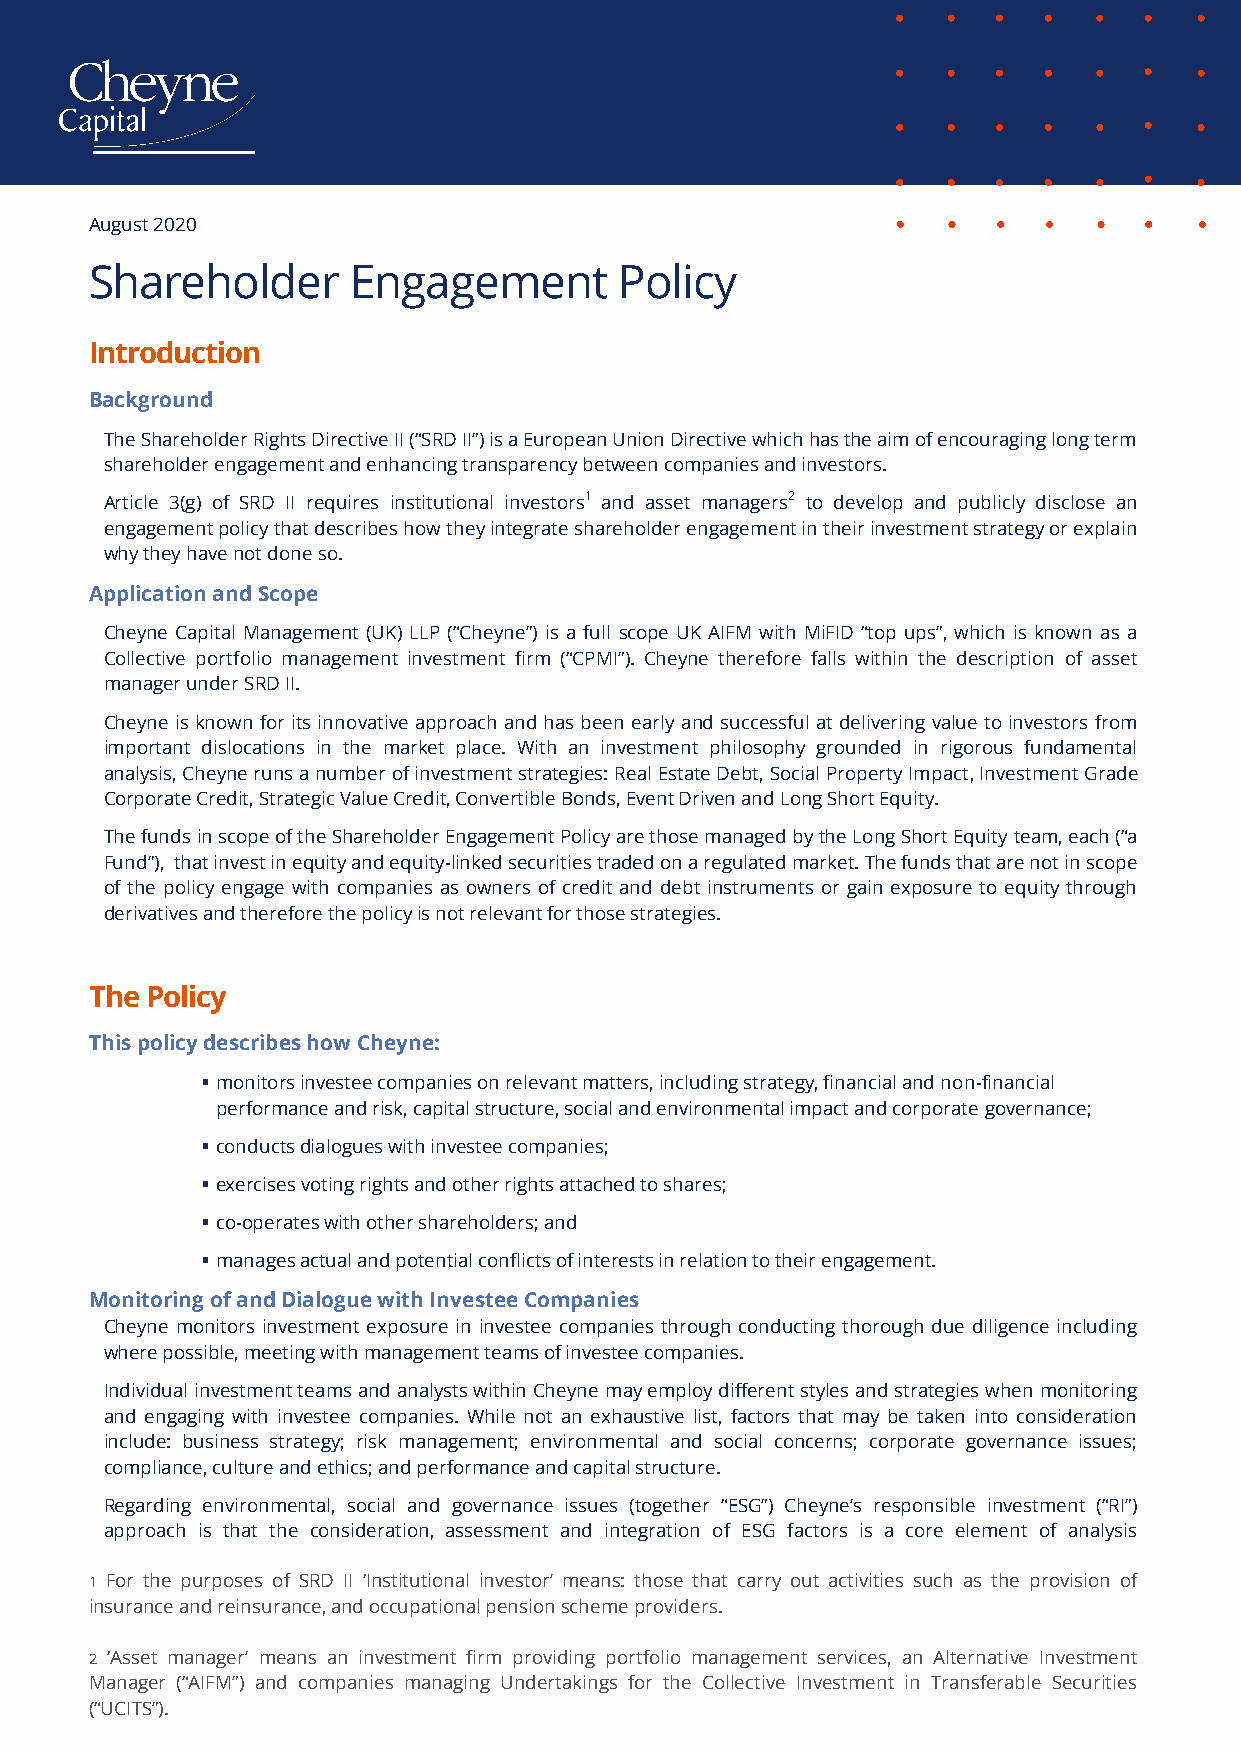
August 2020
 Shareholder      Engagement        Policy
 Introduction
 Background
 The Shareholder Rights Directive II (“SRD II”) is a European Union Directive which has the aim of encouraging long term
 shareholder engagement and enhancing transparency between companies and investors.
 Article 3(g) of SRD II requires institutional investors1 and asset managers2 to develop and publicly disclose an
 engagement policy that describes how they integrate shareholder engagement in their investment strategy or explain
 why they have not done so.
 Application and Scope
 Cheyne Capital Management (UK) LLP (“Cheyne”) is a full scope UK AIFM with MiFID “top ups”, which is known as a
 Collective portfolio management investment firm (“CPMI”). Cheyne therefore falls within the description of asset
 manager under SRD II.
 Cheyne is known for its innovative approach and has been early and successful at delivering value to investors from
 important dislocations in the market place. With an investment philosophy grounded in rigorous fundamental
 analysis, Cheyne runs a number of investment strategies: Real Estate Debt, Social Property Impact, Investment Grade
 Corporate Credit, Strategic Value Credit, Convertible Bonds, Event Driven and Long Short Equity.
 The funds in scope of the Shareholder Engagement Policy are those managed by the Long Short Equity team, each (“a
 Fund”), that invest in equity and equity-linked securities traded on a regulated market. The funds that are not in scope
 of the policy engage with companies as owners of credit and debt instruments or gain exposure to equity through
 derivatives and therefore the policy is not relevant for those strategies.
 The Policy
 This policy describes how Cheyne:
  monitors investee companies on relevant matters, including strategy, financial and non-financial
 performance and risk, capital structure, social and environmental impact and corporate governance;
  conducts dialogues with investee companies;
  exercises voting rights and other rights attached to shares;
  co-operates with other shareholders; and
  manages actual and potential conflicts of interests in relation to their engagement.
 Monitoring of and Dialogue with Investee Companies
 Cheyne monitors investment exposure in investee companies through conducting thorough due diligence including
 where possible, meeting with management teams of investee companies.
 Individual investment teams and analysts within Cheyne may employ different styles and strategies when monitoring
 and engaging with investee companies. While not an exhaustive list, factors that may be taken into consideration
 include: business strategy; risk management; environmental and social concerns; corporate governance issues;
 compliance, culture and ethics; and performance and capital structure.
 Regarding environmental, social and governance issues (together “ESG”) Cheyne’s responsible investment (“RI”)
 approach is that the consideration, assessment and integration of ESG factors is a core element of analysis
 1 For the purposes of SRD II ‘Institutional investor’ means: those that carry out activities such as the provision of
 insurance and reinsurance, and occupational pension scheme providers.
 2 ‘Asset manager’ means an investment firm providing portfolio management services, an Alternative Investment
 Manager (“AIFM”) and companies managing Undertakings for the Collective Investment in Transferable Securities
 (“UCITS”).